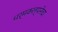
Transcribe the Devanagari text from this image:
धर्मकल्पनेचा